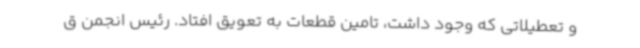
و تعطیلاتی که وجود داشت، تامین قطعات به تعویق افتاد. رئیس انجمن ق